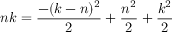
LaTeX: n k = { \frac { - ( k - n ) ^ { 2 } } { 2 } } + { \frac { n ^ { 2 } } { 2 } } + { \frac { k ^ { 2 } } { 2 } }